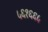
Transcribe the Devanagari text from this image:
५६१६६५